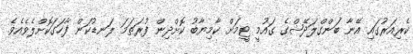
ކެރިއަރުގައި އޭނާ ބަންގްލަދޭޝްގެ ގައުމީ ޓީމަށް ކާމިޔާބު ކޮށްދިން ފުރަތަމަ ލަނޑުކަން ފާހަގަކޮށްލެވެއެވެ.